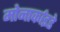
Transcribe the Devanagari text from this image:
मोनार्काइडे